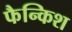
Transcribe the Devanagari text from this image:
फैन्किश